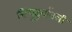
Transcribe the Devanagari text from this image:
सिंधुदुर्गातली